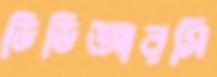
ডিডিআরসি